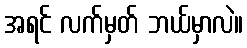
အရင် လက်မှတ် ဘယ်မှာလဲ။